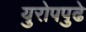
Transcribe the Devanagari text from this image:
युरोपपुढे